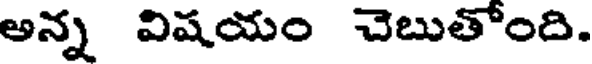
అన్న విషయం చెబుతోంది.